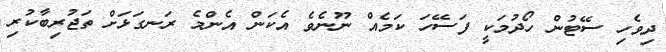
ދިވެހި ސޭޓުން ހޯދުމަކީ ފަސޭހަ ކަމެއް ނޫނެވެ އެކަން އެންމެ ރަނގަޅަށް ތަޖުރިބާކުރި